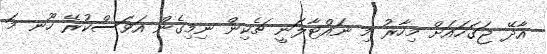
އާދޭ ޖަގަހައަށް މިހާރު މި ނައްޓާލަނީ ޗެކިން ނިމިގެން އަވަސްކުރޭ ހޫނ މަ